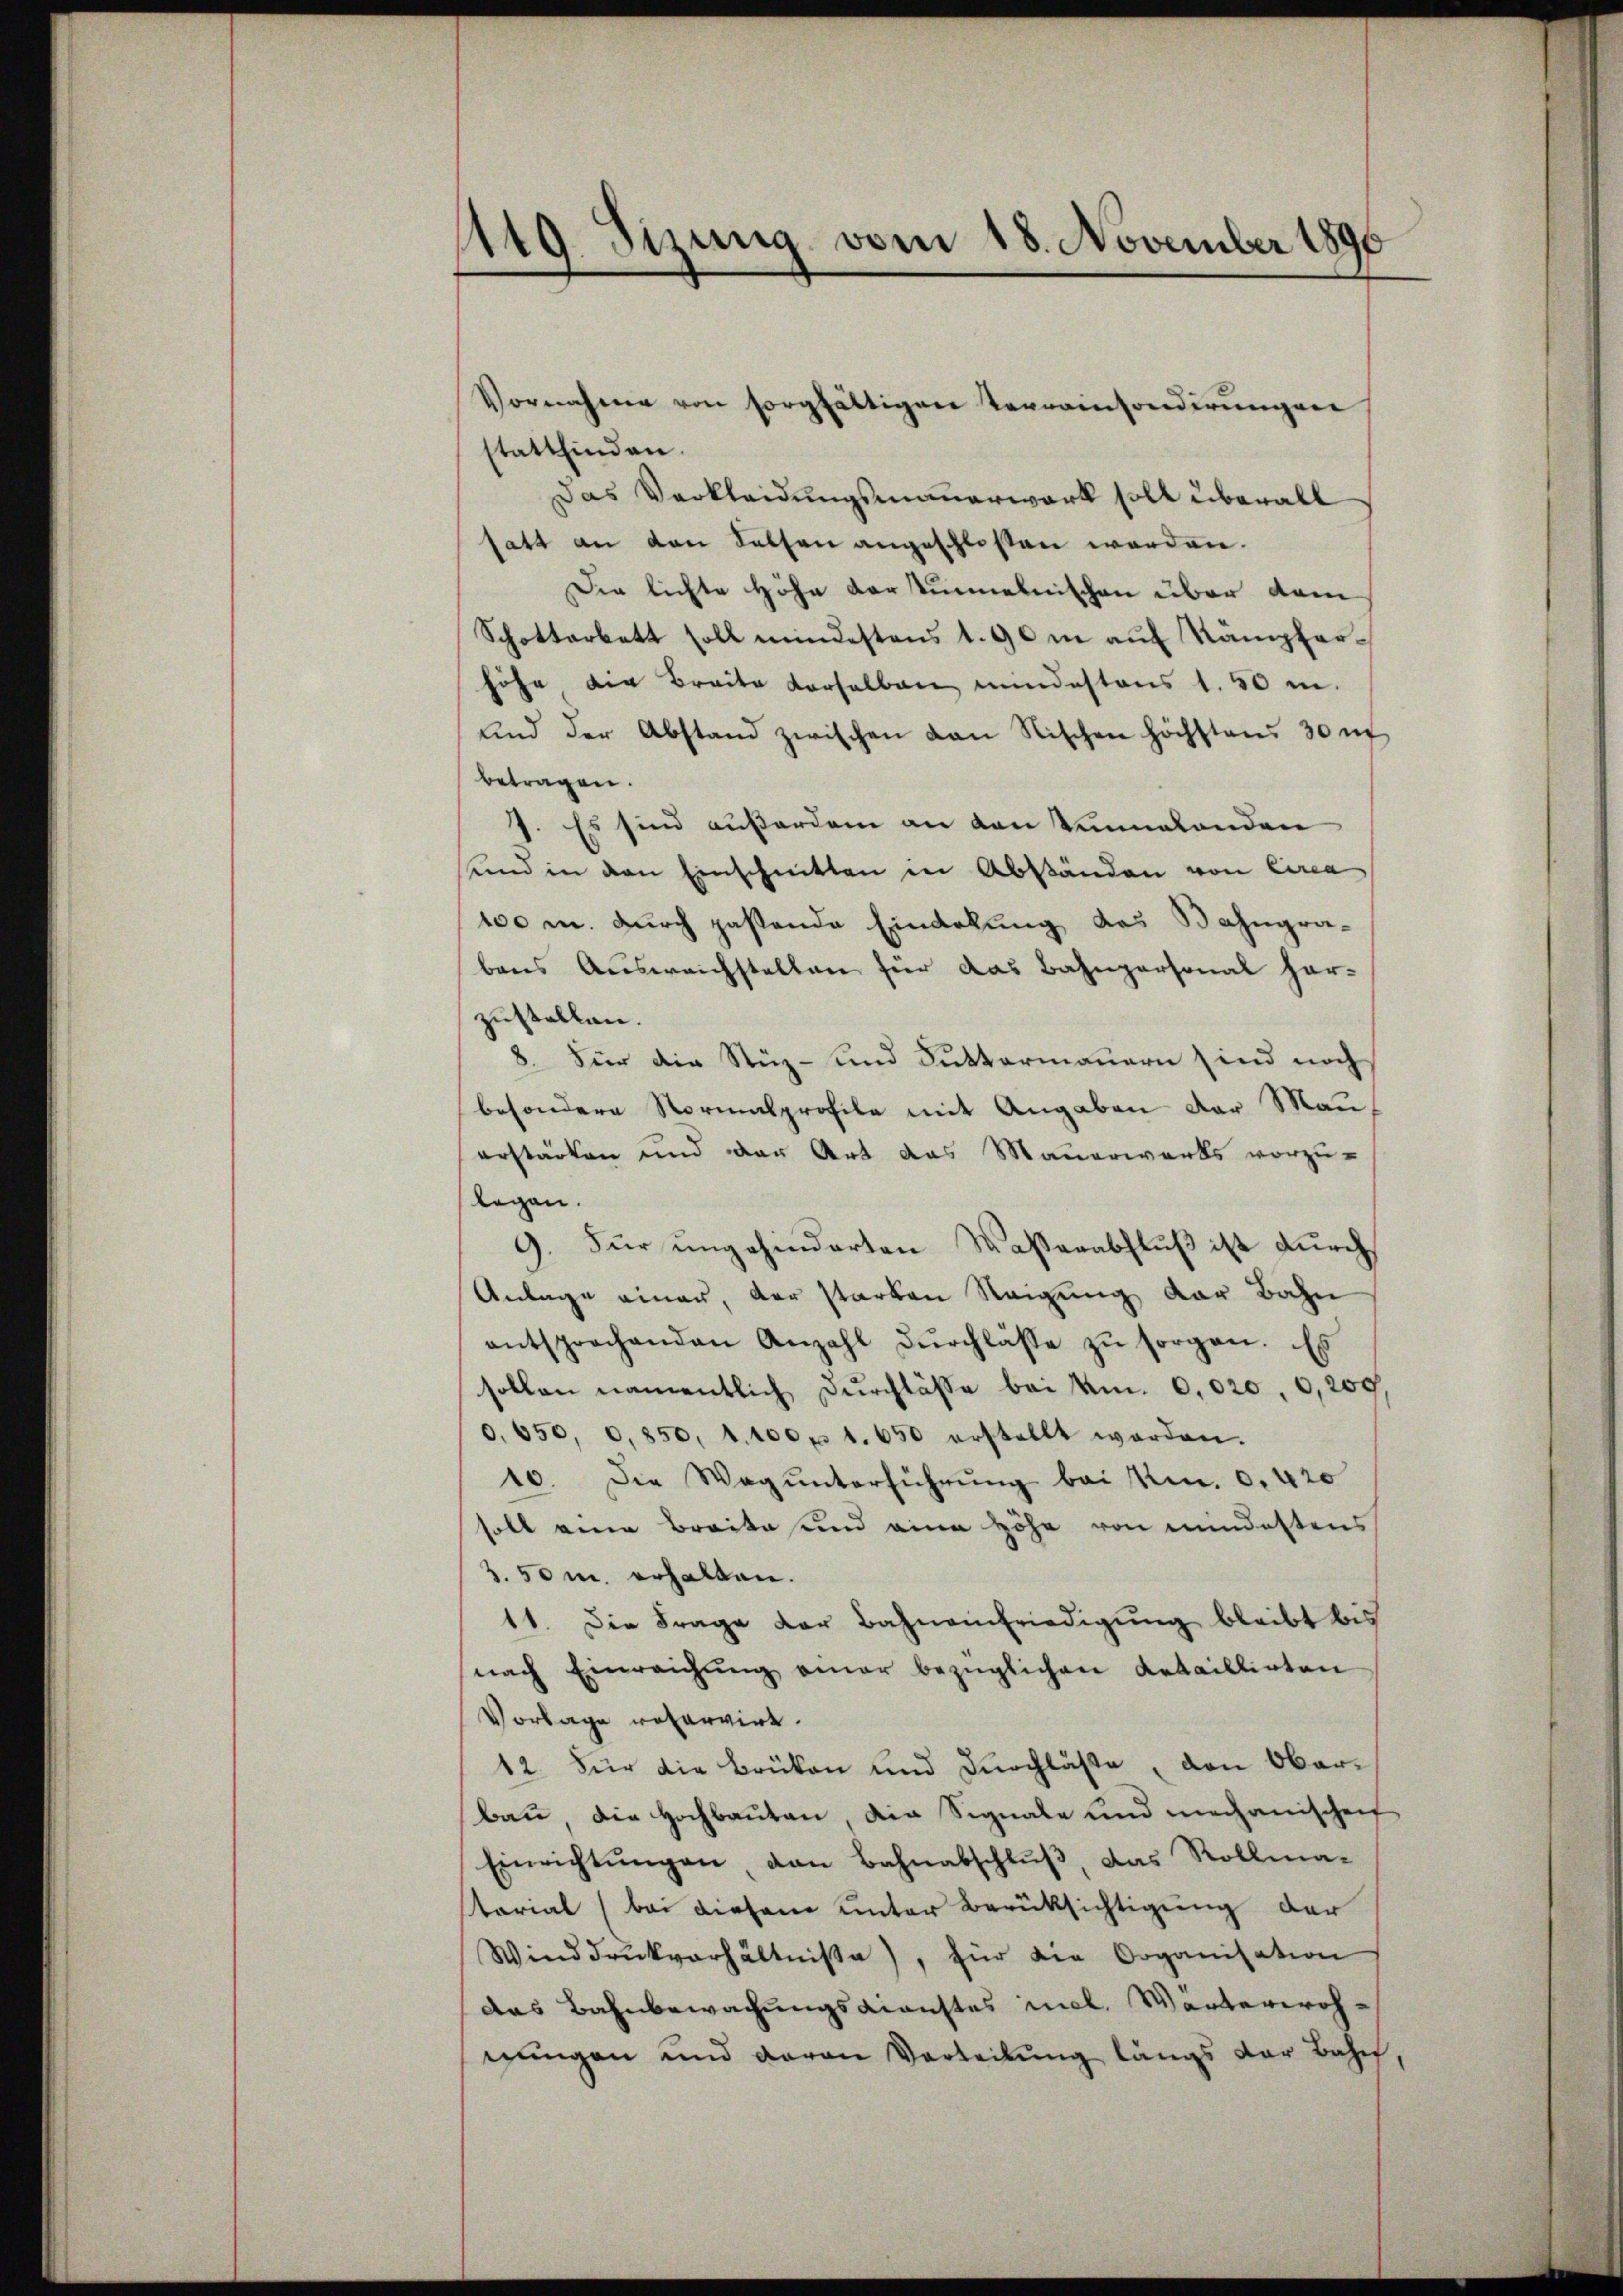
1149. Sizung vom 18. November 1896

stattfinden.
Das Verkleidungsmauerwerk soll überall
satt an den Felsen angeschlossen worden.
Die lichte Höhe dartunelnischen über dem
Schottarbatt soll mindestens 1. 90 m auf Kämpferhöhe die Breite verselben mindestens 1.50 m
und der Abstand zwischen von Nischen höchstens 30 u
betragen.
7. Es sind außerdem an den Vennalenden
und in den Einschnitten in Abständen von Circa
100 m. Durch passtende Eindrkung des Bahngrabens Ausweichstellen für das Bahnpersonal her-
zustellen.
8. Für die Stiz- und Futtermauern sind noch
besondere Normalprofile mit Angaben der Man
erstärken und der Art das Mauerwerks vorzu-
legen.
9. Für ungehinderten Wasserabfluß ist durch
Anlage einer, der starken Neigung der Bahn
entsprochenden Anzahl durchlasse zu sorgen. Es
sollen namentlich Durchlasse bei Um. 0,020, 0,209,
0. 650, 0,850, 1. 100 p. 1. 650 erstellt worden.
10. Die Weg unterführŭng bei Kr. 0. 420
soll eine Breite und eine Höhe von mindestens
2.50 m. erhalten.
11. Die Frage der Bahnen Friedigung bleibt bis
nach Einreichŭng einer bezüglichen Aetaillirten
Vorlage reservirt.
12. Für die Brüken und durchlässe, den Oberban die Hochbauten die Signale und mechanischen
Einrichtŭngen den Bahnabschlŭβ, das Rollma-
terial (bei diesem unter Berüksichtigung der
Winddrŭckverhältnisse), für die Organisation
das Bahnbewachungsdienstes incl. Wärterwohnŭngen und davon Verteilŭng längs der Bahn,

Vornahme von sorgfältigen Terrainsonderŭngen